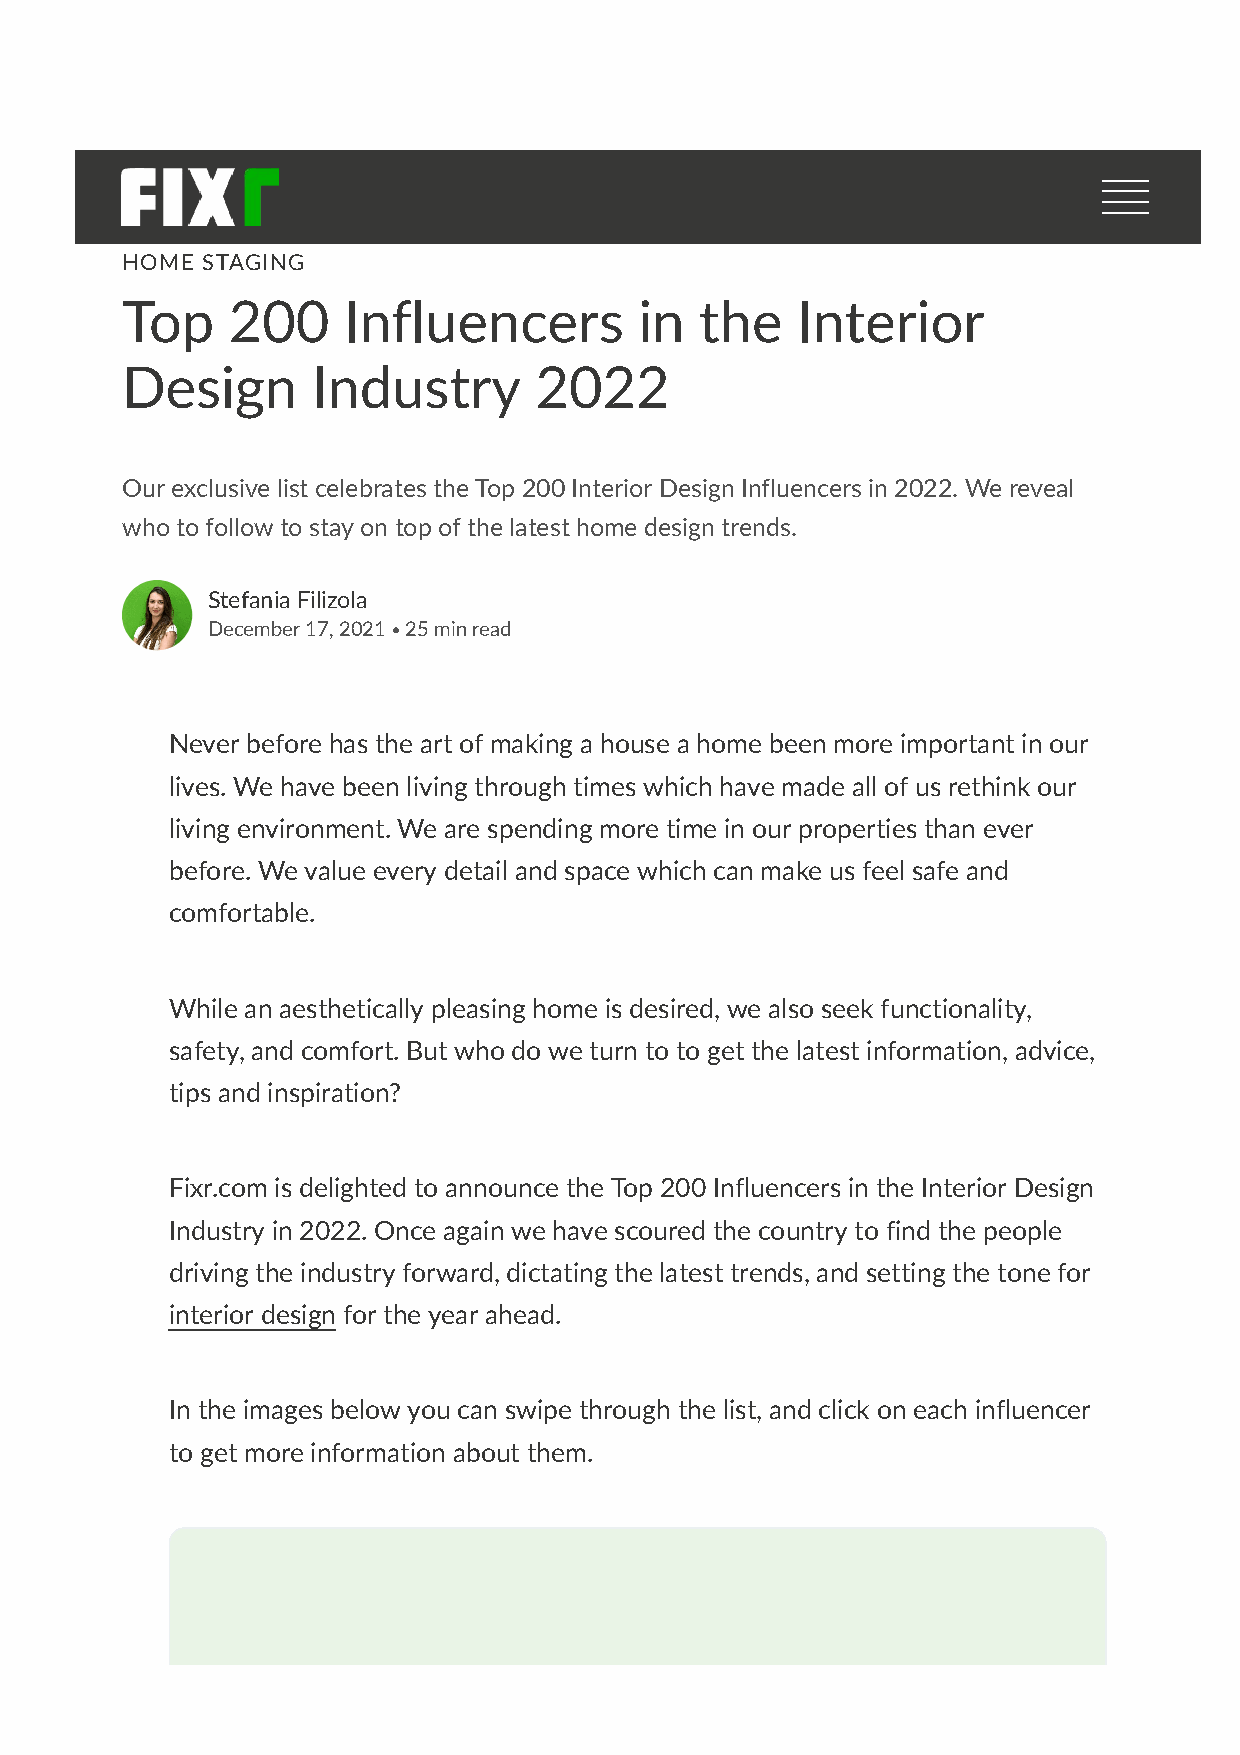
HOME STAGING
 Top    200     Influencers        in  the    Interior
 Design       Industry      2022
 Our exclusive list celebrates the Top 200 Interior Design Influencers in 2022. We reveal
 who to follow to stay on top of the latest home design trends.
 Stefania Filizola
 ∙
 December 17, 2021 25 min read
 Never before has the art of making a house a home been more important in our
 lives. We have been living through times which have made all of us rethink our
 living environment. We are spending more time in our properties than ever
 before. We value every detail and space which can make us feel safe and
 comfortable.
 While an aesthetically pleasing home is desired, we also seek functionality,
 safety, and comfort. But who do we turn to to get the latest information, advice,
 tips and inspiration?
 Fixr.com is delighted to announce the Top 200 Influencers in the Interior Design
 Industry in 2022. Once again we have scoured the country to find the people
 driving the industry forward, dictating the latest trends, and setting the tone for
 interior design for the year ahead.
 In the images below you can swipe through the list, and click on each influencer
 to get more information about them.